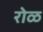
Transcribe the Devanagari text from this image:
रोळ